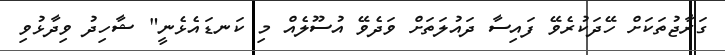
ގަރާޖުތަކަށް ހޭދަކުރެވޭ ފައިސާ ދައުލަތަށް ވަދެވޭ އުސޫލެއް މި ކަނޑައެޅެނީ" ޝާހިދު ވިދާޅުވި